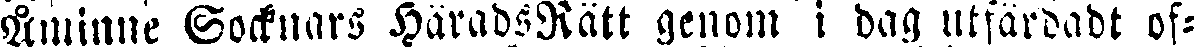
Åminne Socknars HäradsRätt genom i dag utfärdadt of-